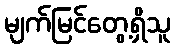
မျက်မြင်တွေ့ရှိသူ